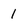
Character: 1